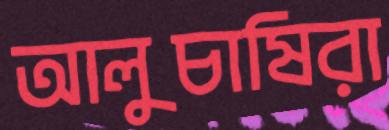
আলুচাষিরা